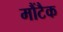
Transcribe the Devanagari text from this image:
मौंटैक